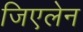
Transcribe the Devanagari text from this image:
जिएलेन